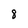
Character: 8